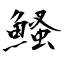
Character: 鰠